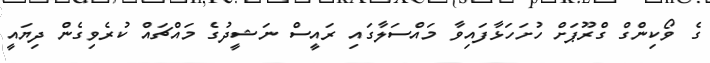
ގެ ވޯކިންގް ގްރޫޕަށް ހުށަހަޅާފައިވާ މައްސަލާގައި ރައީސް ނަޝީދުގެ މައްޗައް ކުރެވިގެން ދިޔައީ